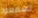
تسمعوا